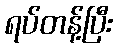
ရပ်တန့်ပြီး